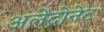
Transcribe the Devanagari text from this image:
अलेंद्रोनेट